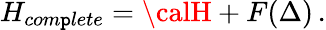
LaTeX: H_{com\mathtt{p}lete}={\calH}+F(\Delta)\, .